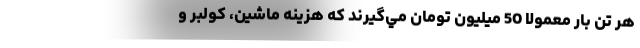
هر تن بار معمولا 50 ميليون تومان مي‌گيرند كه هزينه ماشين، كولبر و